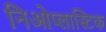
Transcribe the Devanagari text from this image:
निओप्लास्टिक